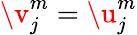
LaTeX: \v_{j}^{m}=\u_{j}^{m}